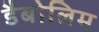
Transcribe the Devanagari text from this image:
डैबोलिम